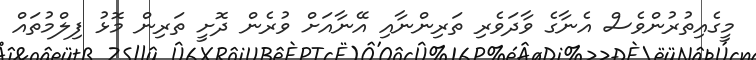
މީގެއިތުރުންވެސް އެނާގެ ވާދަވެރި ތަރިންނާއި އޭނާއަށް ވުރެން ދޮށީ ތަރިން މޮޅު ފިލްމުތައް